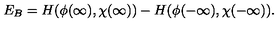
E _ { B } = H ( \phi ( \infty ) , \chi ( \infty ) ) - H ( \phi ( - \infty ) , \chi ( - \infty ) ) .